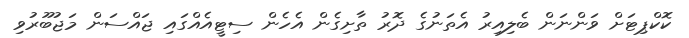
ކޮކްޕިޓަށް ވަންނަން ބެލިއިރު އެތަނުގެ ދޮރު ތާށިގެން އެހެން ސިޓީއެއްގައި ޖައްސަން މަޖުބޫރުވި